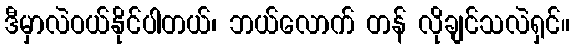
ဒီမှာလဲဝယ်နိုင်ပါတယ်၊ ဘယ်လောက် တန် လိုချင်သလဲရှင်။